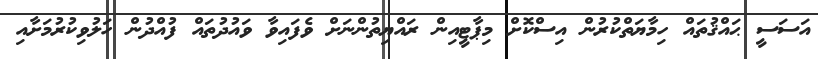
އަސަސީ ޙައްޤުތައް ހިމާޔަތްކުރުން އިސްކޮށް މިޕާޓީއިން ރައްޔިތުންނަށް ވެފައިވާ ވައުދުތައް ފުއްދުން ހަލުވިކުރުމަށާއި